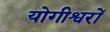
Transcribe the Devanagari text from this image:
योगीश्वरों